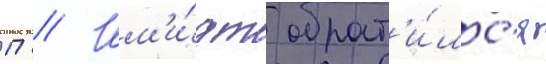
П // Шм'и́дт обрат'и́лс'я